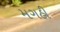
મગહી